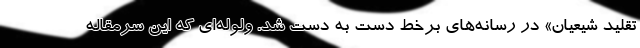
تقلید شیعیان» در رسانه‌های برخط دست به دست شد. ولوله‌ای که این سرمقاله